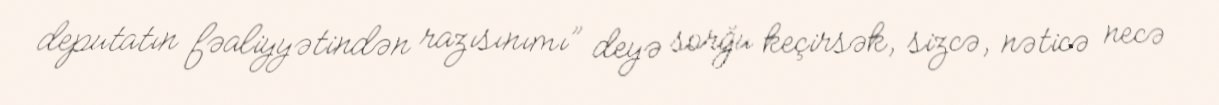
deputatın fəaliyyətindən razısınımı” deyə sorğu keçirsək, sizcə, nəticə necə